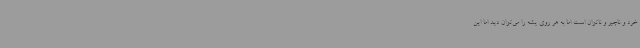
خرد و ناچیز و ناتوان است اما به هر روی پشه را می‌توان دید اما این